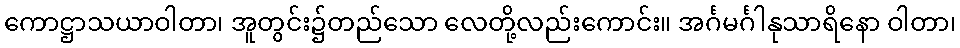
ကောဋ္ဌာသယာဝါတာ၊ အူတွင်း၌တည်သော လေတို့လည်းကောင်း။ အင်္ဂမင်္ဂါနုသာရိနော ဝါတာ၊